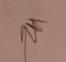
Signature authenticity: genuine